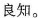
良知。